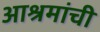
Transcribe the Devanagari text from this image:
आश्रमांची